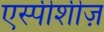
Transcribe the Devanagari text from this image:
एस्पीशीज़